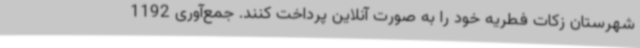
شهرستان زکات فطریه‌ خود را به صورت آنلاین پرداخت کنند. جمع‌آوری 1192